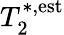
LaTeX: T_{2}^{*,\textrm{est}}